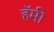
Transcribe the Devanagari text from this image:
हॅमी